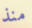
منذ